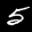
Label: 5